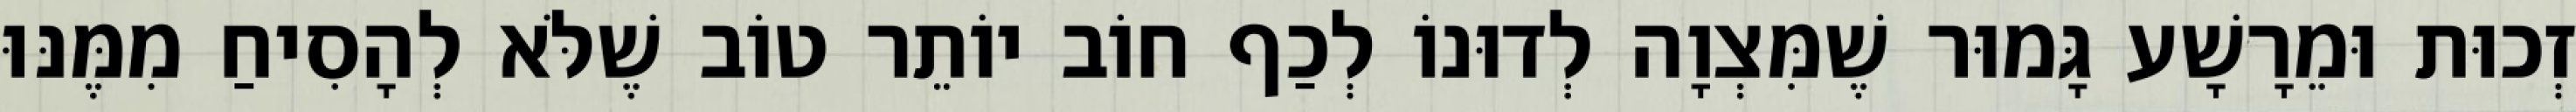
זְכוּת וּמֵרָשָׁע גָּמוּר שֶׁמִּצְוָה לְדוּנוֹ לְכַף חוֹב יוֹתֵר טוֹב שֶׁלֹּא לְהָסִיחַ מִמֶּנּוּ